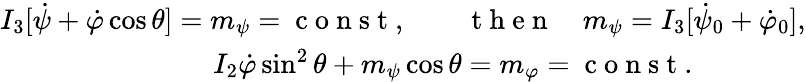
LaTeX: \begin{array}{r}{I_{3}[\dot{\psi}+\dot{\varphi}\cos\theta]=m_{\psi}=\mathrm{~c~o~n~s~t~},\qquad\mathrm{~t~h~e~n~}\quad m_{\psi}=I_{3}[\dot{\psi}_{0}+\dot{\varphi}_{0}],}\\ {I_{2}\dot{\varphi}\sin^{2}\theta+m_{\psi}\cos\theta=m_{\varphi}=\mathrm{~c~o~n~s~t~}.\qquad\qquad}\end{array}